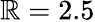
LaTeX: \mathbb{R}=2.5